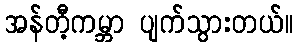
အန်တီ့ကမ္ဘာ ပျက်သွားတယ်။